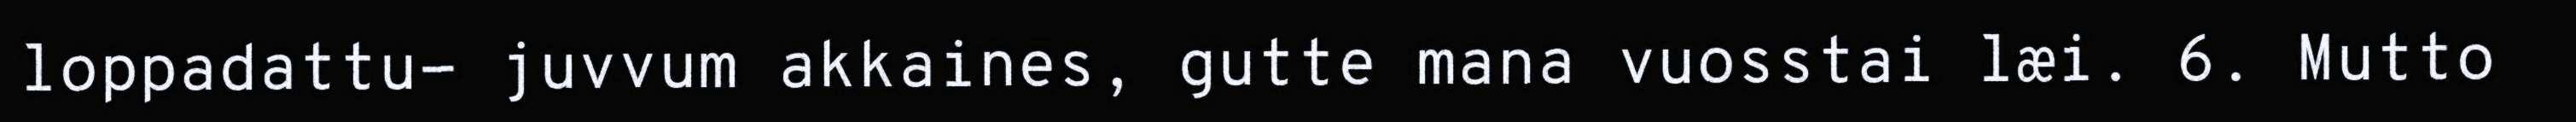
loppadattu- juvvum akkaines, gutte mana vuosstai læi. 6. Mutto